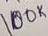
Text: 100